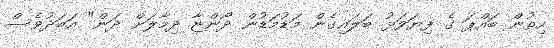
ހިތުން ބައްޕަ ގެ ފިޔަވަޅު ބަލައިގެން މަޑުމަޑުން ދޯންޏާ ދިމާލަށް ދަން" އަބަދުވެސް